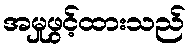
အမှုဖွင့်ထားသည်